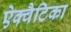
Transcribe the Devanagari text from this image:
ऐक्वैटिका